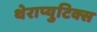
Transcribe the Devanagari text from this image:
थेराप्युटिक्स